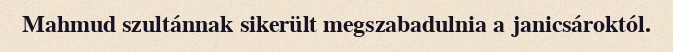
Mahmud szultánnak sikerült megszabadulnia a janicsároktól.